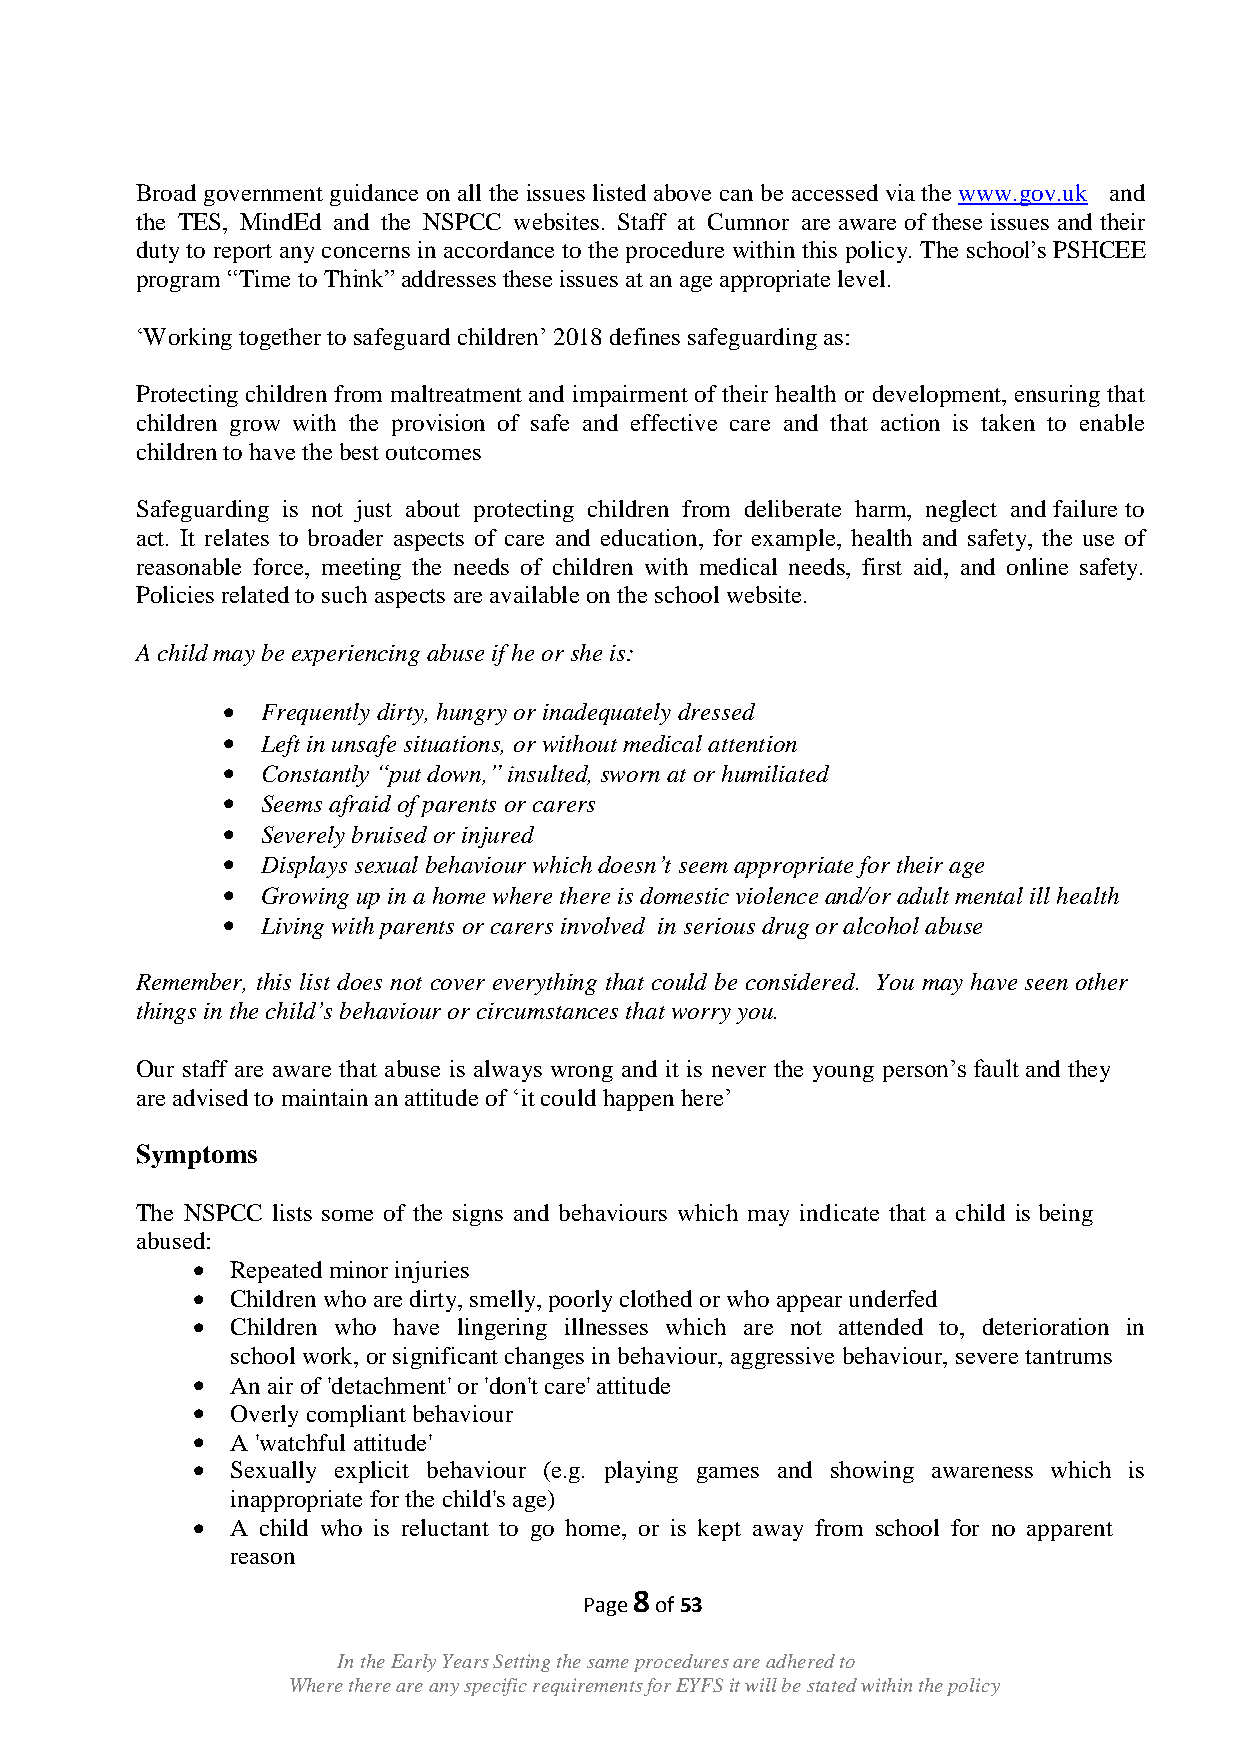
Broad government guidance on all the issues listed above can be accessed via the www.gov.uk and
 the TES, MindEd and the NSPCC websites. Staff at Cumnor are aware of these issues and their
 duty to report any concerns in accordance to the procedure within this policy. The school‟s PSHCEE
 program “Time to Think” addresses these issues at an age appropriate level.
 „Working together to safeguard children‟ 2018 defines safeguarding as:
 Protecting children from maltreatment and impairment of their health or development, ensuring that
 children grow with the provision of safe and effective care and that action is taken to enable
 children to have the best outcomes
 Safeguarding is not just about protecting children from deliberate harm, neglect and failure to
 act. It relates to broader aspects of care and education, for example, health and safety, the use of
 reasonable force, meeting the needs of children with medical needs, first aid, and online safety.
 Policies related to such aspects are available on the school website.
 A child may be experiencing abuse if he or she is:
  Frequently dirty, hungry or inadequately dressed
  Left in unsafe situations, or without medical attention
  Constantly “put down,” insulted, sworn at or humiliated
  Seems afraid of parents or carers
  Severely bruised or injured
  Displays sexual behaviour which doesn’t seem appropriate for their age
  Growing up in a home where there is domestic violence and/or adult mental ill health
  Living with parents or carers involved in serious drug or alcohol abuse
 Remember, this list does not cover everything that could be considered. You may have seen other
 things in the child’s behaviour or circumstances that worry you.
 Our staff are aware that abuse is always wrong and it is never the young person‟s fault and they
 are advised to maintain an attitude of „it could happen here‟
 Symptoms
 The NSPCC lists some of the signs and behaviours which may indicate that a child is being
 abused:
  Repeated minor injuries
  Children who are dirty, smelly, poorly clothed or who appear underfed
  Children who have lingering illnesses which are not attended to, deterioration in
 school work, or significant changes in behaviour, aggressive behaviour, severe tantrums
  An air of 'detachment' or 'don't care' attitude
  Overly compliant behaviour
  A 'watchful attitude'
  Sexually explicit behaviour (e.g. playing games and showing awareness which is
 inappropriate for the child's age)
  A child who is reluctant to go home, or is kept away from school for no apparent
 reason
 8
 Page of 53
 In the Early Years Setting the same procedures are adhered to
 Where there are any specific requirements for EYFS it will be stated within the policy